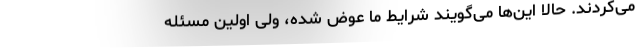
می‌کردند. حالا این‌ها می‌گویند شرایط‌ ما عوض شده، ولی اوّلین مسئله